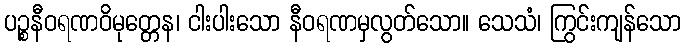
ပဉ္စနီဝရဏဝိမုတ္တေန၊ ငါးပါးသော နီဝရဏမှလွတ်သော။ သေသံ၊ ကြွင်းကျန်သော